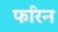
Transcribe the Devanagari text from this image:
फरिन